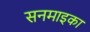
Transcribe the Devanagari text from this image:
सनमाइका